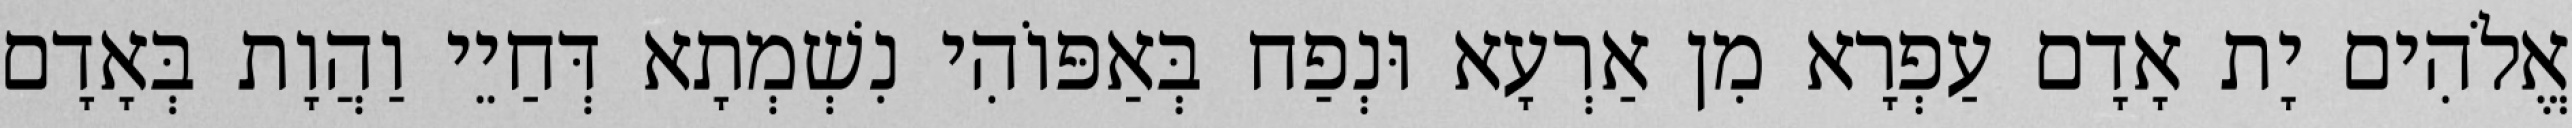
אֱלֹהִים יָת אָדָם עַפְרָא מִן אַרְעָא וּנְפַח בְּאַפּוֹהִי נִשְׁמְתָא דְּחַיֵי וַהֲוָת בְּאָדָם